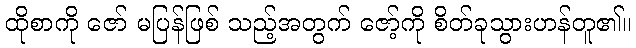
ထိုစာကို ဇော် မပြန်ဖြစ် သည့်အတွက် ဇော့်ကို စိတ်ခုသွားဟန်တူ၏။